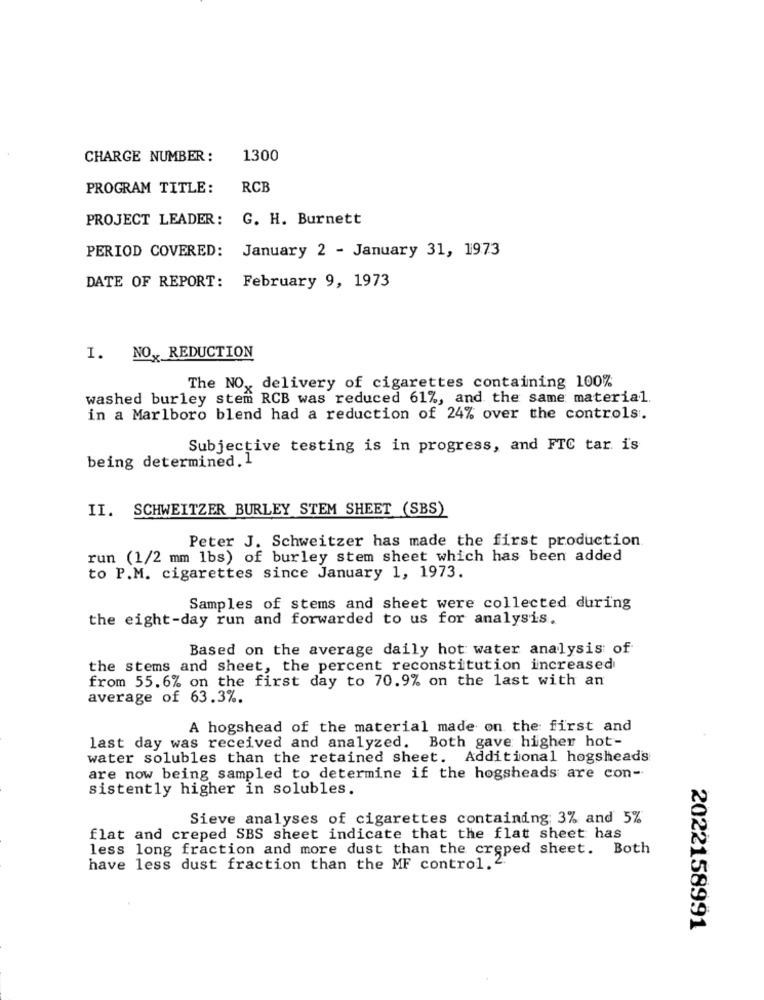
CHARGE NUMBER :
1300
PROGRAM TITLE:
RCB
PROJECT LEADER: G. H. Burnett
PERIOD COVERED:
January 2 - January 31, 1973
DATE OF REPORT: February 9, 1973
I. NO, REDUCTION
The NO ,, delivery of cigarettes containing 100%
washed burley stem RCB was reduced 61%, and the same material.
in a Marlboro blend had a reduction of 24% over the controls.
Subjective testing is in progress, and FTC tar i's
being determined. 1
II. SCHWEITZER BURLEY STEM SHEET (SBS)
Peter J. Schweitzer has made the first production
run (1/2 mm lbs) of burley stem sheet which has been added
to P.M. cigarettes since January 1, 1973.
Samples of stems and sheet were collected during
the eight-day run and forwarded to us for analysis.
Based on the average daily hot water analysis of
the stems and sheet, the percent reconstitution increased
from 55.6% on the first day to 70.9% on the last with an
average of 63.3%.
A hogshead of the material made on the first and
last day was received and analyzed. Both gave higher hot-
water solubles than the retained sheet. Additional hogshead's
are now being sampled to determine if the hogsheads are con-
sistently higher in solubles.
Sieve analyses of cigarettes containing; 3% and 5%
flat and creped SBS sheet indicate that the flat sheet has
less long fraction and more dust than the creped sheet. Both
have less dust fraction than the MF control. 2:
2022158991